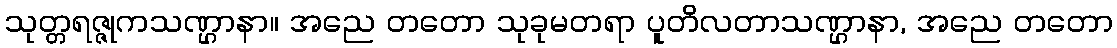
သုတ္တရဇ္ဇုကသဏ္ဌာနာ။ အညေ တတော သုခုမတရာ ပူတိလတာသဏ္ဌာနာ, အညေ တတော